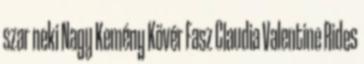
szar neki Nagy Kemény Kövér Fasz Claudia Valentine Rides